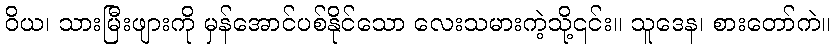
ဝိယ၊ သားမြီးဖျားကို မှန်အောင်ပစ်နိုင်သော လေးသမားကဲ့သို့၎င်း။ သူဒေန၊ စားတော်ကဲ။